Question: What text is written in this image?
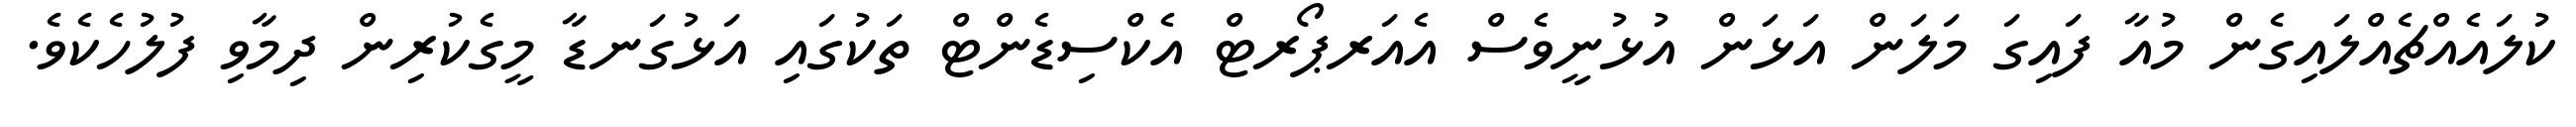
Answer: ކުލައެއްޗެއްލައިގެން މުއާ ފައިގަ މަލަން އަޅަން އުޅުނީވެސް އެއަރޕޯރޓް އެކްސިޑެންޓް ތަކުގައި އަޅުގަނޑާ މީގެކުރިން ދިމާވި ފުލުހެކެވެ.